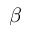
\beta